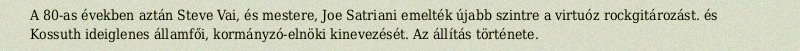
A 80-as években aztán Steve Vai, és mestere, Joe Satriani emelték újabb szintre a virtuóz rockgitározást. és Kossuth ideiglenes államfői, kormányzó-elnöki kinevezését. Az állítás története.